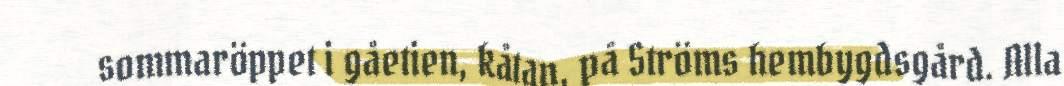
sommaröppet i gåetien, kåtan, på Ströms hembygdsgård. Alla